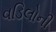
વડિલોની